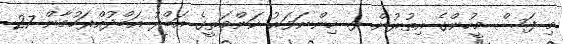
މި ފަސް މީހުންގެ އިތުރުން ޅ. ހިންނަވަރު ކަންމަތީގެ އަބްދު އަބްދުއްރަހުމާން 27